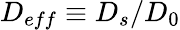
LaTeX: D_{eff}\equiv D_{s}/D_{0}